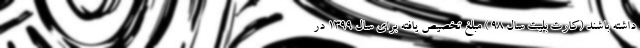
داشته باشند (کارت بلیت سال ۹۸ ) مبلغ تخصیص یافته برای سال ۱۳۹۹ در